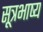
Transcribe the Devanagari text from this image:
सूत्रभाष्य